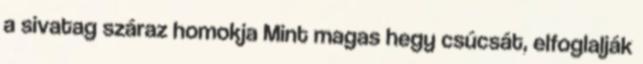
a sivatag száraz homokja Mint magas hegy csúcsát, elfoglalják